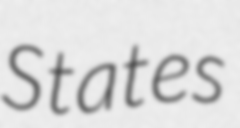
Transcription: States